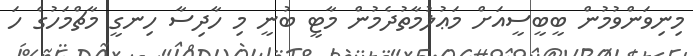
މިނިވަންވުމުން ބީބީސީއަށް މަޢުލުމާތުދެމުން މާޓީ ބުނީ މި ހާދިސާ ހިނގީ މާޗްމަހުގެ ހަ